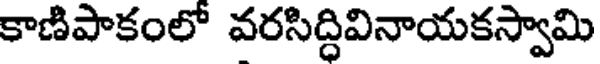
కాణిపాకంలో వరసిద్ధివినాయకస్వామి